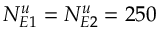
N _ { E 1 } ^ { u } = N _ { E 2 } ^ { u } = 2 5 0